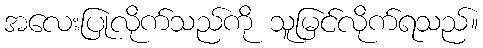
အလေးပြုလိုက်သည်ကို သူမြင်လိုက်ရသည်။